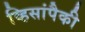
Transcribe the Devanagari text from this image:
व्हिसांपैकी